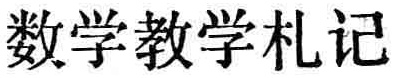
数学教学札记